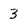
Character: 3